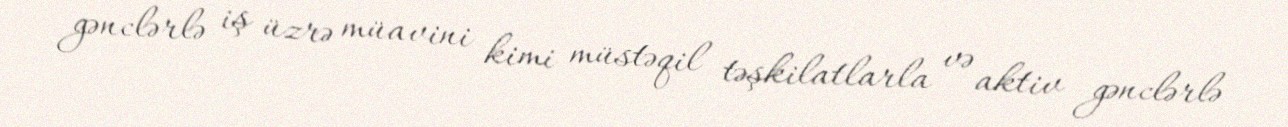
gənclərlə iş üzrə müavini kimi müstəqil təşkilatlarla və aktiv gənclərlə